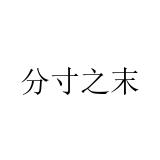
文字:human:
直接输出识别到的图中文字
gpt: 分寸之末